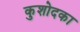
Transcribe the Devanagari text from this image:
कुशोदका